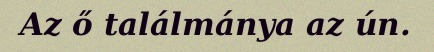
Az ő találmánya az ún.